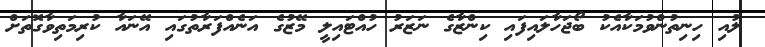
ލުއި ހިނިތުންވުމަކާއެކު ބޯޖަހާލައިފައި ކިންޒާގެ ނަޒަރު ހުއްޓައިލީ މޭޒުގެ އަނެއްފަރާތުގައި އޭނައާ ކުރިމަތިވާގޮތަށް